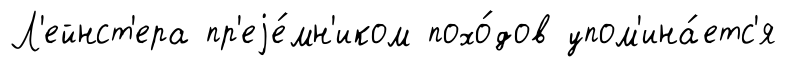
Л'ейнст'ера пр'еjе́мн'иком похо́дов упом'ина́етс'я